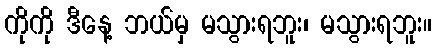
ကိုကို ဒီနေ့ ဘယ်မှ မသွားရဘူး၊ မသွားရဘူး။